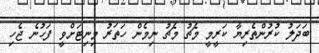
ބަދަލު ކުރުންތެރިޔާ ކަރީމީ މެޗު މެޗު ނިމެން ހަތަރު މިނިޓަށްވީ ފަހުނެ ޖެހި